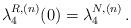
LaTeX: \begin{align*}\lambda_4^{R,(n)}(0) =\lambda_4^{N,(n)}\,.\end{align*}